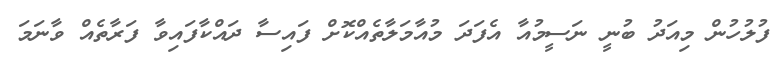
ފުލުހުން މިއަދު ބުނީ ނަސީމުއާ އެފަދަ މުއާމަލާތެއްކޮށް ފައިސާ ދައްކާފައިވާ ފަރާތެއް ވާނަމަ